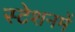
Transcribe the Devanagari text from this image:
स्टेशनमें